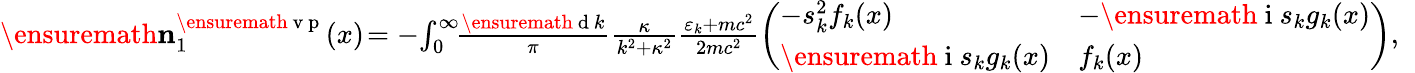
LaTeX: \begin{array}{r}{\ensuremath{\mathbf{n}}_{1}^{\ensuremath{\mathrm{~v~p~}}}(x)\! =-\! \int_{0}^{\infty}\! \! \frac{\ensuremath{\mathrm{~d~}}k}{\pi}\frac{\kappa}{k^{2}+\kappa^{2}}\frac{\varepsilon_{k}+mc^{2}}{2mc^{2}}\left(\begin{array}{ll}{-s_{k}^{2}f_{k}(x)}&{-\ensuremath{\mathrm{~i~}}s_{k}g_{k}(x)}\\ {\ensuremath{\mathrm{~i~}}s_{k}g_{k}(x)}&{f_{k}(x)}\end{array}\right),\; \; }\end{array}